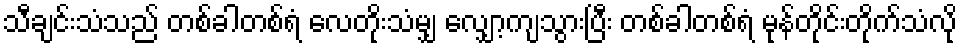
သီချင်းသံသည် တစ်ခါတစ်ရံ လေတိုးသံမျှ လျှော့ကျသွားပြီး တစ်ခါတစ်ရံ မုန်တိုင်းတိုက်သံလို